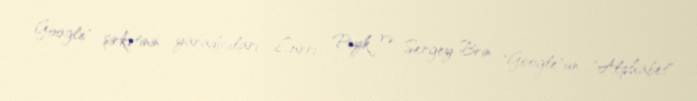
Google" şirkətinin yaradıcıları Larri Peyk və Sergey Brin "Google"un "Alphabet"